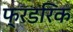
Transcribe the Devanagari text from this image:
फ्रडरिक